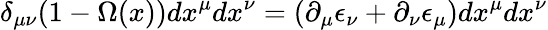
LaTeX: \delta_{\mu\nu}(1-\Omega(x))dx^{\mu}dx^{\nu}=(\partial_{\mu}\epsilon_{\nu}+\partial_{\nu}\epsilon_{\mu})dx^{\mu}dx^{\nu}